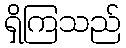
ရှိကြသည်